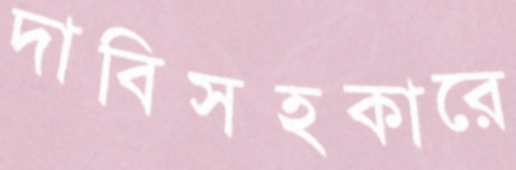
দাবিসহকারে